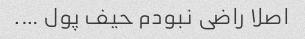
اصلا راضی‌ نبودم‌ حیف‌ پول ….